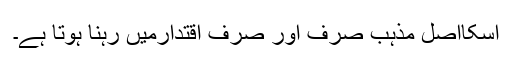
اسکااصل مذہب صرف اور صرف اقتدارمیں رہنا ہوتا ہے۔